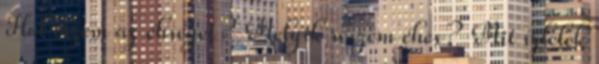
Hol érzem az éhséget? Melyik részem éhes? Mit ízlelek